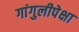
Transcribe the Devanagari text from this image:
गांगुलीपेक्षा